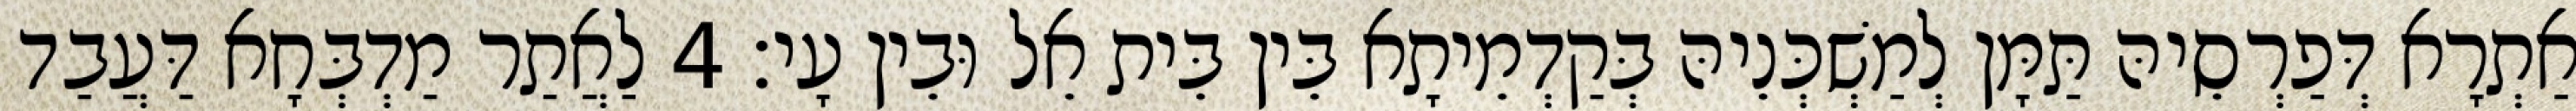
אַתְרָא דְּפַרְסֵיהּ תַּמָּן לְמַשְׁכְּנֵיהּ בְּקַדְמֵיתָא בֵּין בֵּית אֵל וּבֵין עָי׃ 4 לַאֲתַר מַדְבְּחָא דַּעֲבַד